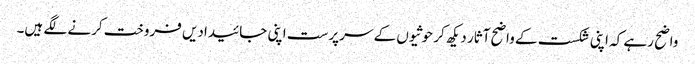
واضح رہے کہ اپنی شکست کے واضح آثار دیکھ کر حوثیوں کے سرپرست اپنی جائیدادیں فروخت کرنے لگے ہیں۔